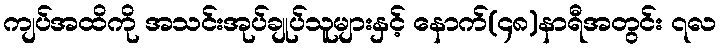
ကျပ်အထိကို အသင်းအုပ်ချုပ်သူများနှင့် နောက်(၄၈)နာရီအတွင်း ၇လ